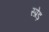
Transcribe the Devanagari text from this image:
स्प्रेड़